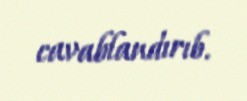
cavablandırıb.